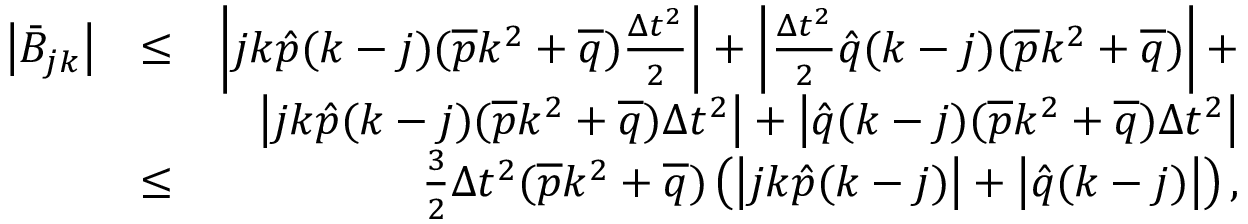
\begin{array} { r l r } { \left| \bar { B } _ { j k } \right| } & { \leq } & { \left| j k \hat { p } ( k - j ) ( \overline { { p } } k ^ { 2 } + \overline { { q } } ) \frac { \Delta t ^ { 2 } } { 2 } \right| + \left| \frac { \Delta t ^ { 2 } } { 2 } \hat { q } ( k - j ) ( \overline { { p } } k ^ { 2 } + \overline { { q } } ) \right| + } \\ & { } & { \left| j k \hat { p } ( k - j ) ( \overline { { p } } k ^ { 2 } + \overline { { q } } ) \Delta t ^ { 2 } \right| + \left| \hat { q } ( k - j ) ( \overline { { p } } k ^ { 2 } + \overline { { q } } ) \Delta t ^ { 2 } \right| } \\ & { \leq } & { \frac { 3 } { 2 } { \Delta t ^ { 2 } } ( \overline { { p } } k ^ { 2 } + \overline { { q } } ) \left( \left| j k \hat { p } ( k - j ) \right| + \left| \hat { q } ( k - j ) \right| \right) , } \end{array}